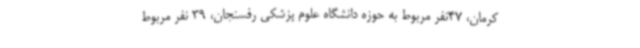
کرمان، 47نفر مربوط به حوزه دانشگاه علوم پزشکی رفسنجان، 39 نفر مربوط